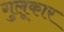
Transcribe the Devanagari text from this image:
गुलूकार